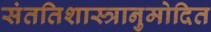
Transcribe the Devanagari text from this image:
संततिशास्त्रानुमोदित